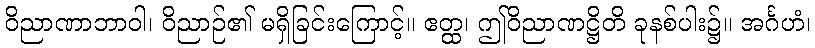
ဝိညာဏာဘာဝါ၊ ဝိညာဉ်၏ မရှိခြင်းကြောင့်။ ဧတ္ထ၊ ဤဝိညာဏဋ္ဌိတိ ခုနစ်ပါး၌။ အင်္ဂဟံ၊